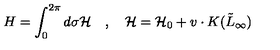
H = \int _ { 0 } ^ { 2 \pi } d \sigma { \cal H } \quad , \quad { \cal H } = { \cal H } _ { 0 } + v \cdot K ( \tilde { L } _ { \infty } )